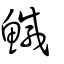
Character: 鰔